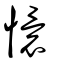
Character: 懁